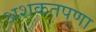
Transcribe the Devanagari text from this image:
अशकतपणा